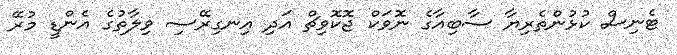
ޓެނިސް ކުޅުންތެރިޔާ ސާބިއާގެ ނޮވަކް ޖޮކޮވިޗް އަދި އިނގިރޭސި ވިލާތުގެ އެންޑީ މުރޭ